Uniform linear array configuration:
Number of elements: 64
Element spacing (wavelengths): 0.5
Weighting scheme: binomial
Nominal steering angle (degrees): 45
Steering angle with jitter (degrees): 46.481
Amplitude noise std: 0.05
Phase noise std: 0.05

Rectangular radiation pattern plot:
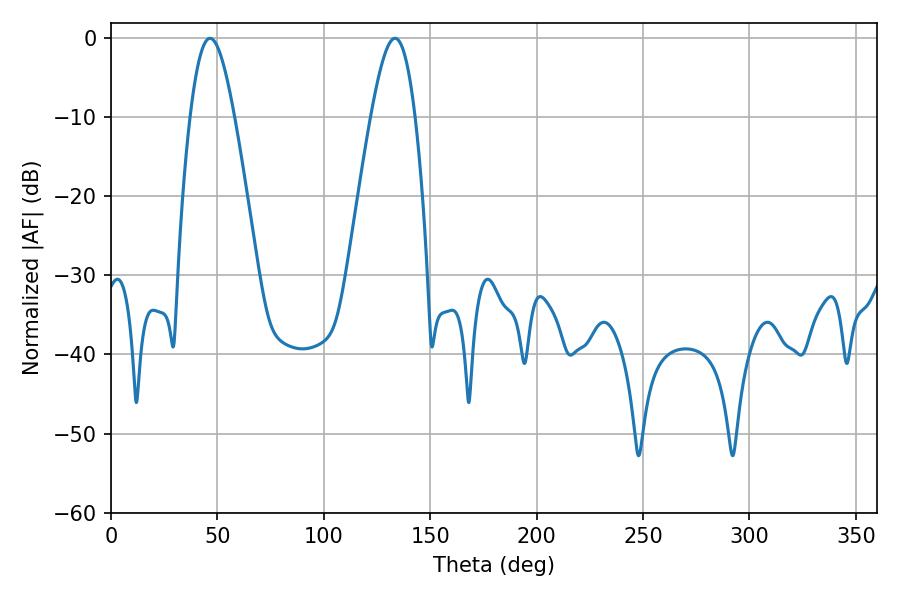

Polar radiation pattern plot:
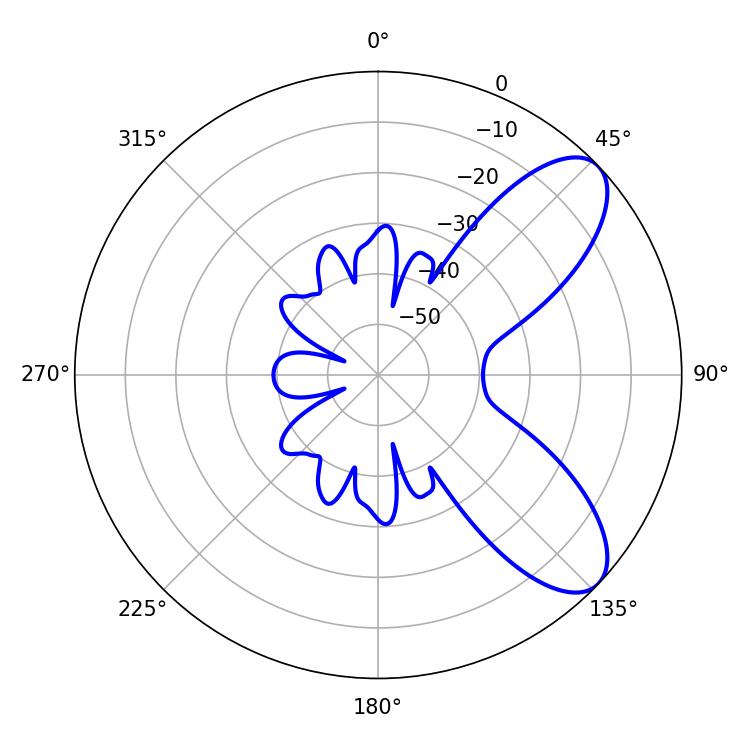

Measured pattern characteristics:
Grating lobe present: FALSE
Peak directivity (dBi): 8.087
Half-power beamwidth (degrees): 11.16
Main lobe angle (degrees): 46.62